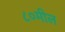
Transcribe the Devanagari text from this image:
८०मील